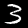
Digit: 3